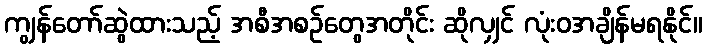
ကျွန်တော်ဆွဲထားသည့် အစီအစဉ်တွေအတိုင်း ဆိုလျှင် လုံးဝအချိန်မရနိုင်။